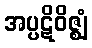
အပ္ပဋိဝိဇ္ဈံ